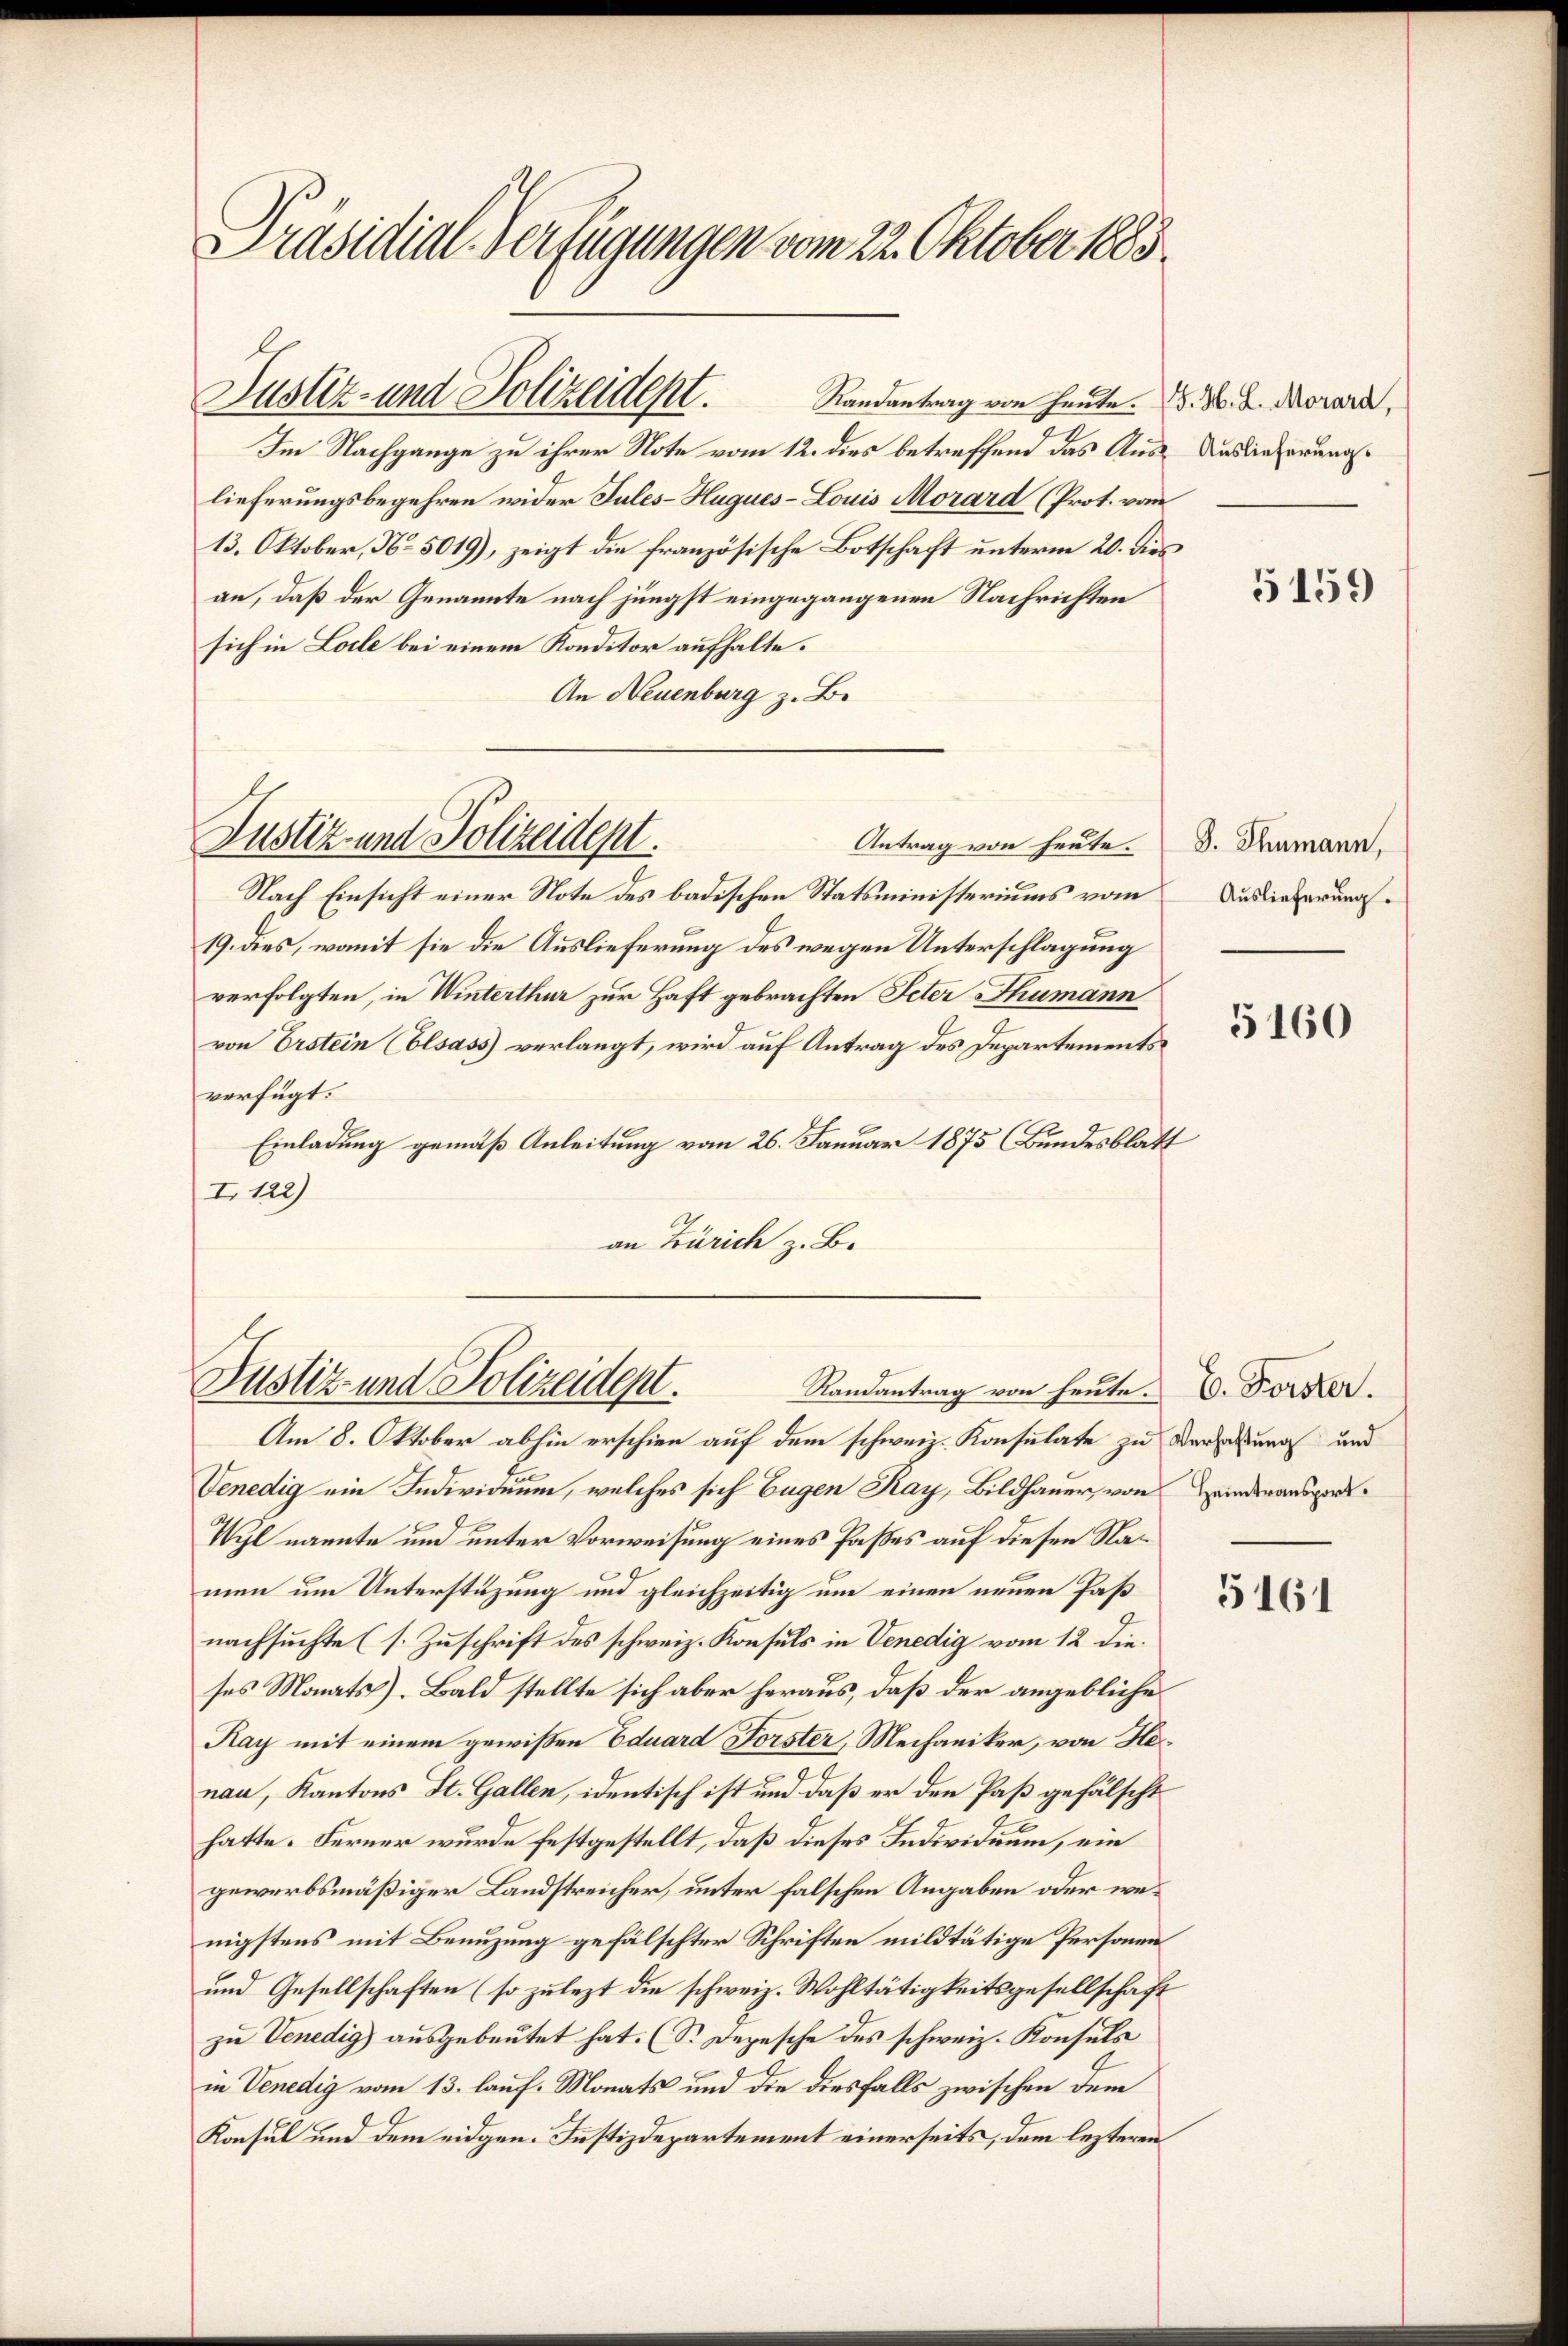
Präsidial-Verfügungen vom 22. Oktober 1883.

Randantrag von heute. S. 36. L. Morard,
Im Nachgange zu ihrer Note vom 12. dies betreffend das Aus- Auslieferungslieferungsbegehren wider Sules-Huques-Louis Morard (Prot. vom
13. Oktober, No. 5019), zeigt die französische Botschaft unterm 20. dies
an, daß der Genannte nach jüngst eingegangenen Nachrichten
sich in Loile bei einem Konditor aufhalte.
An Neuenburg z. B.
Antrag von heute.
Nach Einsicht einer Note des badischen Statsministeriums vom
19. dies, womit sie die Auslieferung des wegen Unterschlagung
verfolgten, in Winterthur zur Haft gebrachten Peter Thumann
von Erstein (Elsass verlangt, wird auf Antrag des Departementsverfügt:
Einladung gemäß Anleitung vom 26. Januar 1875 (Bundesblatt
I 122)
an Zürich z. B.

Justiz- und Polizeident.

Justiz- und Polizeident.

Justiz- und Polizeident.
Randantrag von heute. E. Forster.

Am 8. Oktober abhin erschien auf dem schweiz. Konsulate zu Verfaßung und
Venedig ein Individuum, welches sich Eugen Kay, Bildhauer, von Handerausges¬
Wyl nannte und unter Vorweisung eines Passes auf diesen Namen um Unterstüzung und gleichzeitig um einen neuen Paß
nachsuchte (s. Zuschrift des schweiz. Konsuls in Venedig vom 12 die
ses Monats). Bald stellte sich aber heraus, daß der angebliche
Kay mit einem gewißen Eduard Forster, Mechaniker, von He¬
.
nau, Kantons St. Gallen, identisch ist und daß er den Paß gefälscht
hatte. Ferner wurde festgestellt, daß dieses Individuum, ein
gewerbsmäßiger Landstreicher, unter falschen Angaben oder wenigstens mit Benuzung gefälschter Schriften mildtätige Personen
und Gesellschaften (so zulezt die schweiz. Wohltätigkeitsgesellschaft
zu Venedig ausgebeutet hat. (S. Depesche des schweiz. Konsuls
in Venedig vom 13. lauf. Monats und die diesfalls zwischen dem
Konsul und dem eidgen. Justizdepartement einerseits, dem lezteren

5159

S. Thumann,
Auslieferung.

5160

5161